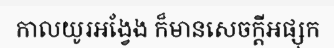
កាលយូរអង្វែង ក៏មានសេចក្តីអផ្សុក